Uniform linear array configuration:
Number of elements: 16
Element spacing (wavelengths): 0.25
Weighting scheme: binomial
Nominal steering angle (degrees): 45
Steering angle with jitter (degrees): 45.108
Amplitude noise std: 0.05
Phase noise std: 0.05

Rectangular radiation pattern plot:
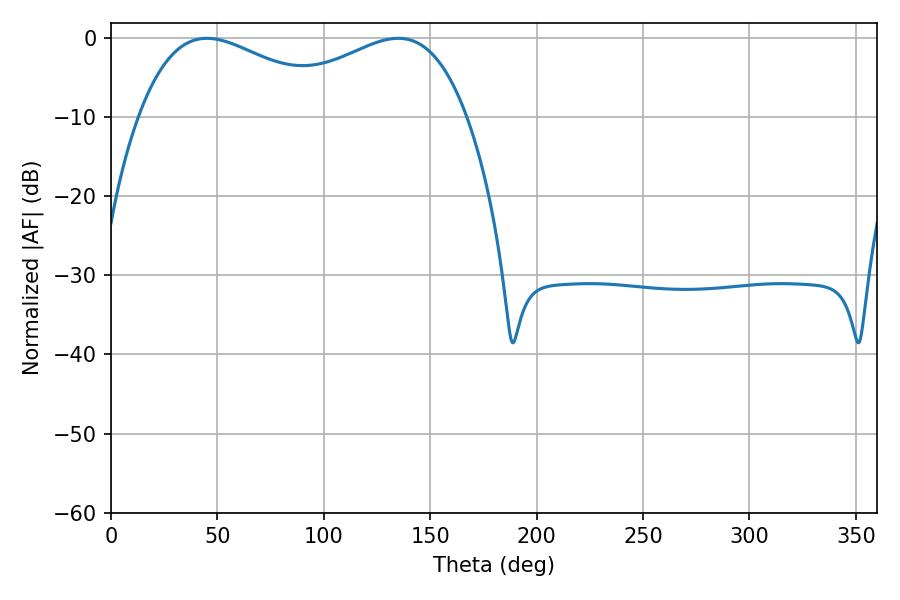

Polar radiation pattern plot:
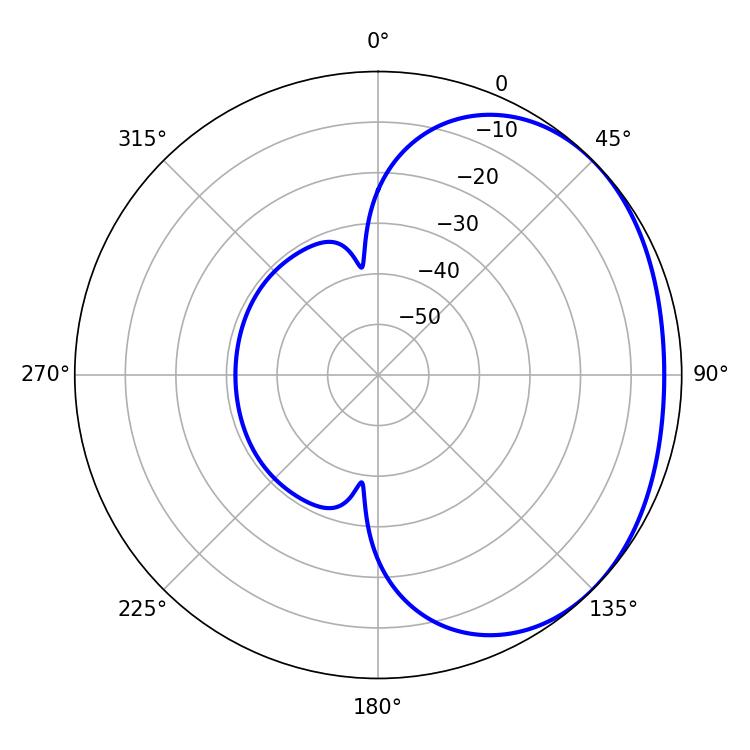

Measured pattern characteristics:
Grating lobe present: FALSE
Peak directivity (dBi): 1.826
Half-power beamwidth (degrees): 52.74
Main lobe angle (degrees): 45